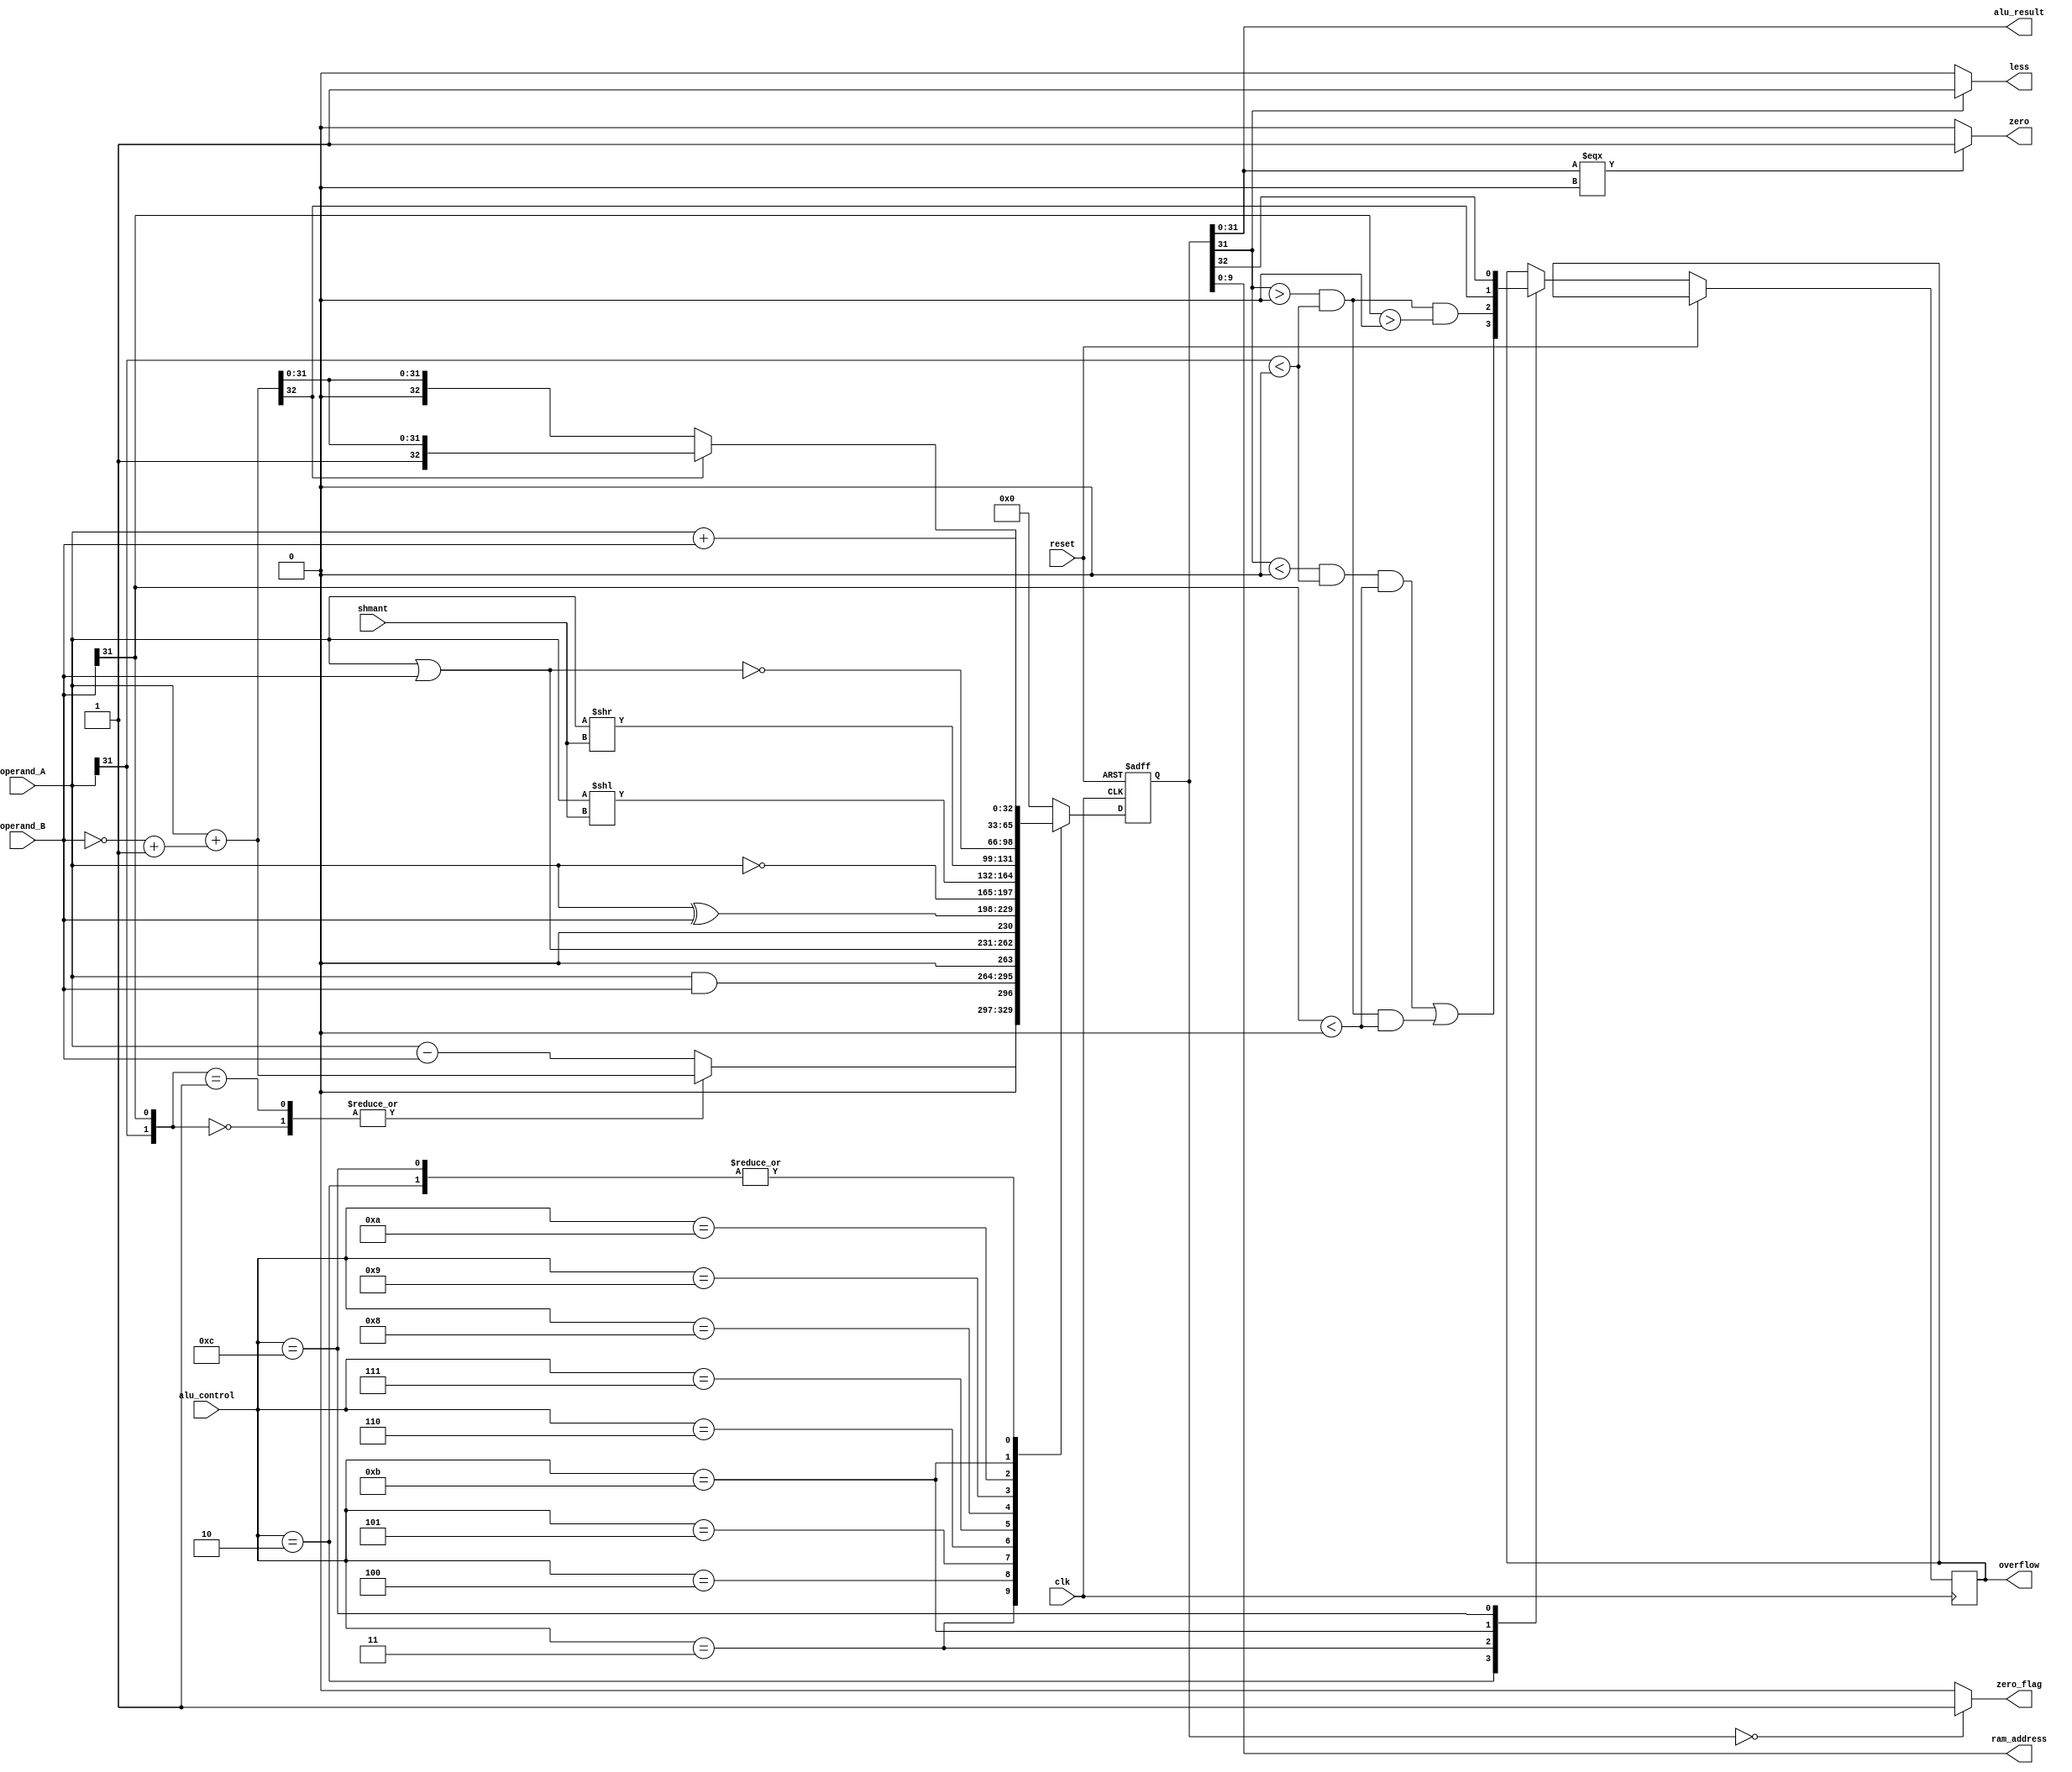
module ALU (
    input [4:0] shmant,              // Shift amount
    input wire clk,                  // Clock input
    input wire reset,                // Reset signal (active high)
    input wire [31:0] operand_A,     // Input operand A
    input wire [31:0] operand_B,     // Input operand B
    input wire [3:0] alu_control,    // ALU control signals
    output wire [31:0] alu_result,   // ALU result
    output wire zero_flag,           // Zero flag
    output wire [9:0] ram_address,   // 10-bit wide address for the RAM
    output wire overflow,            // Overflow flag
    output wire zero,                // Zero output
    output wire less                 // Less output
);

    reg [32:0] temp_result;         // Temporary register for ALU result
    reg over_flow_temp;             // Overflow temporary flag

    wire [31:0] twos_complement_A;  // Two's complement of operand A
    wire [31:0] twos_complement_B;  // Two's complement of operand B

    assign twos_complement_B = (~operand_B) + 1;   // Calculate two's complement of operand B
    assign twos_complement_A = (~operand_A) + 1;   // Calculate two's complement of operand A

    always @(posedge clk or posedge reset) begin
        if (reset) begin
            temp_result <= 32'b0;    // Reset ALU result to 0
        end else begin
            case (alu_control)
                4'b0010:                // ADD
                    begin
                        temp_result <= operand_A + operand_B;
                        over_flow_temp = ((temp_result[31] < 0) & (operand_A[31] < 0) & (operand_B[31] < 0)) ||
                                        ((temp_result[31] > 0) & (operand_A[31] < 0) & (operand_B[31] < 0));
                    end
                4'b0011:                // SUB
                    begin
                        temp_result <= operand_A - operand_B;
                        over_flow_temp = ((temp_result[31] > 0) & (operand_A[31] < 0) & (operand_B[31] > 0));
                        case ({operand_A[31], operand_B[31]})
                            00:  // Both are positive
                                temp_result <= operand_A + twos_complement_B;
                            01:  // B is negative
                                temp_result <= operand_A + twos_complement_B;
                            10:  // A is negative
                                temp_result <= (~(twos_complement_A + operand_B)) + 1;
                            11:  // Both negative
                                begin
                                    if (twos_complement_B > twos_complement_A)
                                        temp_result <= operand_A + twos_complement_B;
                                    else if (operand_A < operand_B)
                                        temp_result <= (~(twos_complement_A + operand_B)) + 1;
                                    else
                                        temp_result <= 0;
                                end
                        endcase
                    end
                4'b0100: temp_result <= operand_A & operand_B;      // AND
                4'b0101: temp_result <= operand_A | operand_B;      // OR
                4'b0110: temp_result <= operand_A ^ operand_B;      // XOR
                4'b0111: temp_result <= ~operand_A;                 // NOT
                4'b1000: temp_result <= operand_A << shmant;        // SLL
                4'b1001: temp_result <= operand_A >> shmant;        // SRL
                4'b1010: temp_result <= ~(operand_A | operand_B);   // NOR
                4'b1011:                                            // SUBU
                    begin
                        temp_result = operand_A + twos_complement_B;
                        over_flow_temp = temp_result[32];

                        if (over_flow_temp)
                            temp_result = operand_A + (twos_complement_B);
                        else
                        begin
                            case ({operand_A[31], operand_B[31]})
                                00:  // Both are positive
                                    temp_result <= operand_A + twos_complement_B;
                                01:  // B is negative
                                    temp_result <= operand_A + twos_complement_B;
                                10:  // A is negative
                                    temp_result <= (~(twos_complement_A + operand_B)) + 1;
                                11:  // Both negative
                                    begin
                                        if (twos_complement_B > twos_complement_A)
                                            temp_result <= operand_A + twos_complement_B;
                                        else if (operand_A < operand_B)
                                            temp_result <= (~(twos_complement_A + operand_B)) + 1;
                                        else
                                            temp_result <= 0;
                                    end
                            endcase
                        end
                    end
                4'b1100:                                            // ADDU
                    begin
                        temp_result <= operand_A + operand_B;
                        over_flow_temp = temp_result[32];
                    end
                default: temp_result <= 31'b0;                       // Default to zero for an undefined operation
            endcase
        end
    end

    assign alu_result = temp_result[31:0];                    // Assign the temporary result to alu_result
    assign zero_flag = (temp_result == 31'b0) ? 1'b1 : 1'b0;  // Set zero flag based on temp_result
    assign overflow = over_flow_temp;
    assign zero = (alu_result === 0) ? 1 : 0;
    assign ram_address = alu_result[31:0];                    // Assign the lower 5 bits of ALU result as the RAM address
    assign less = (alu_result[31] == 1) ? 1 : 0;
endmodule